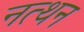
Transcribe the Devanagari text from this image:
नत्थन